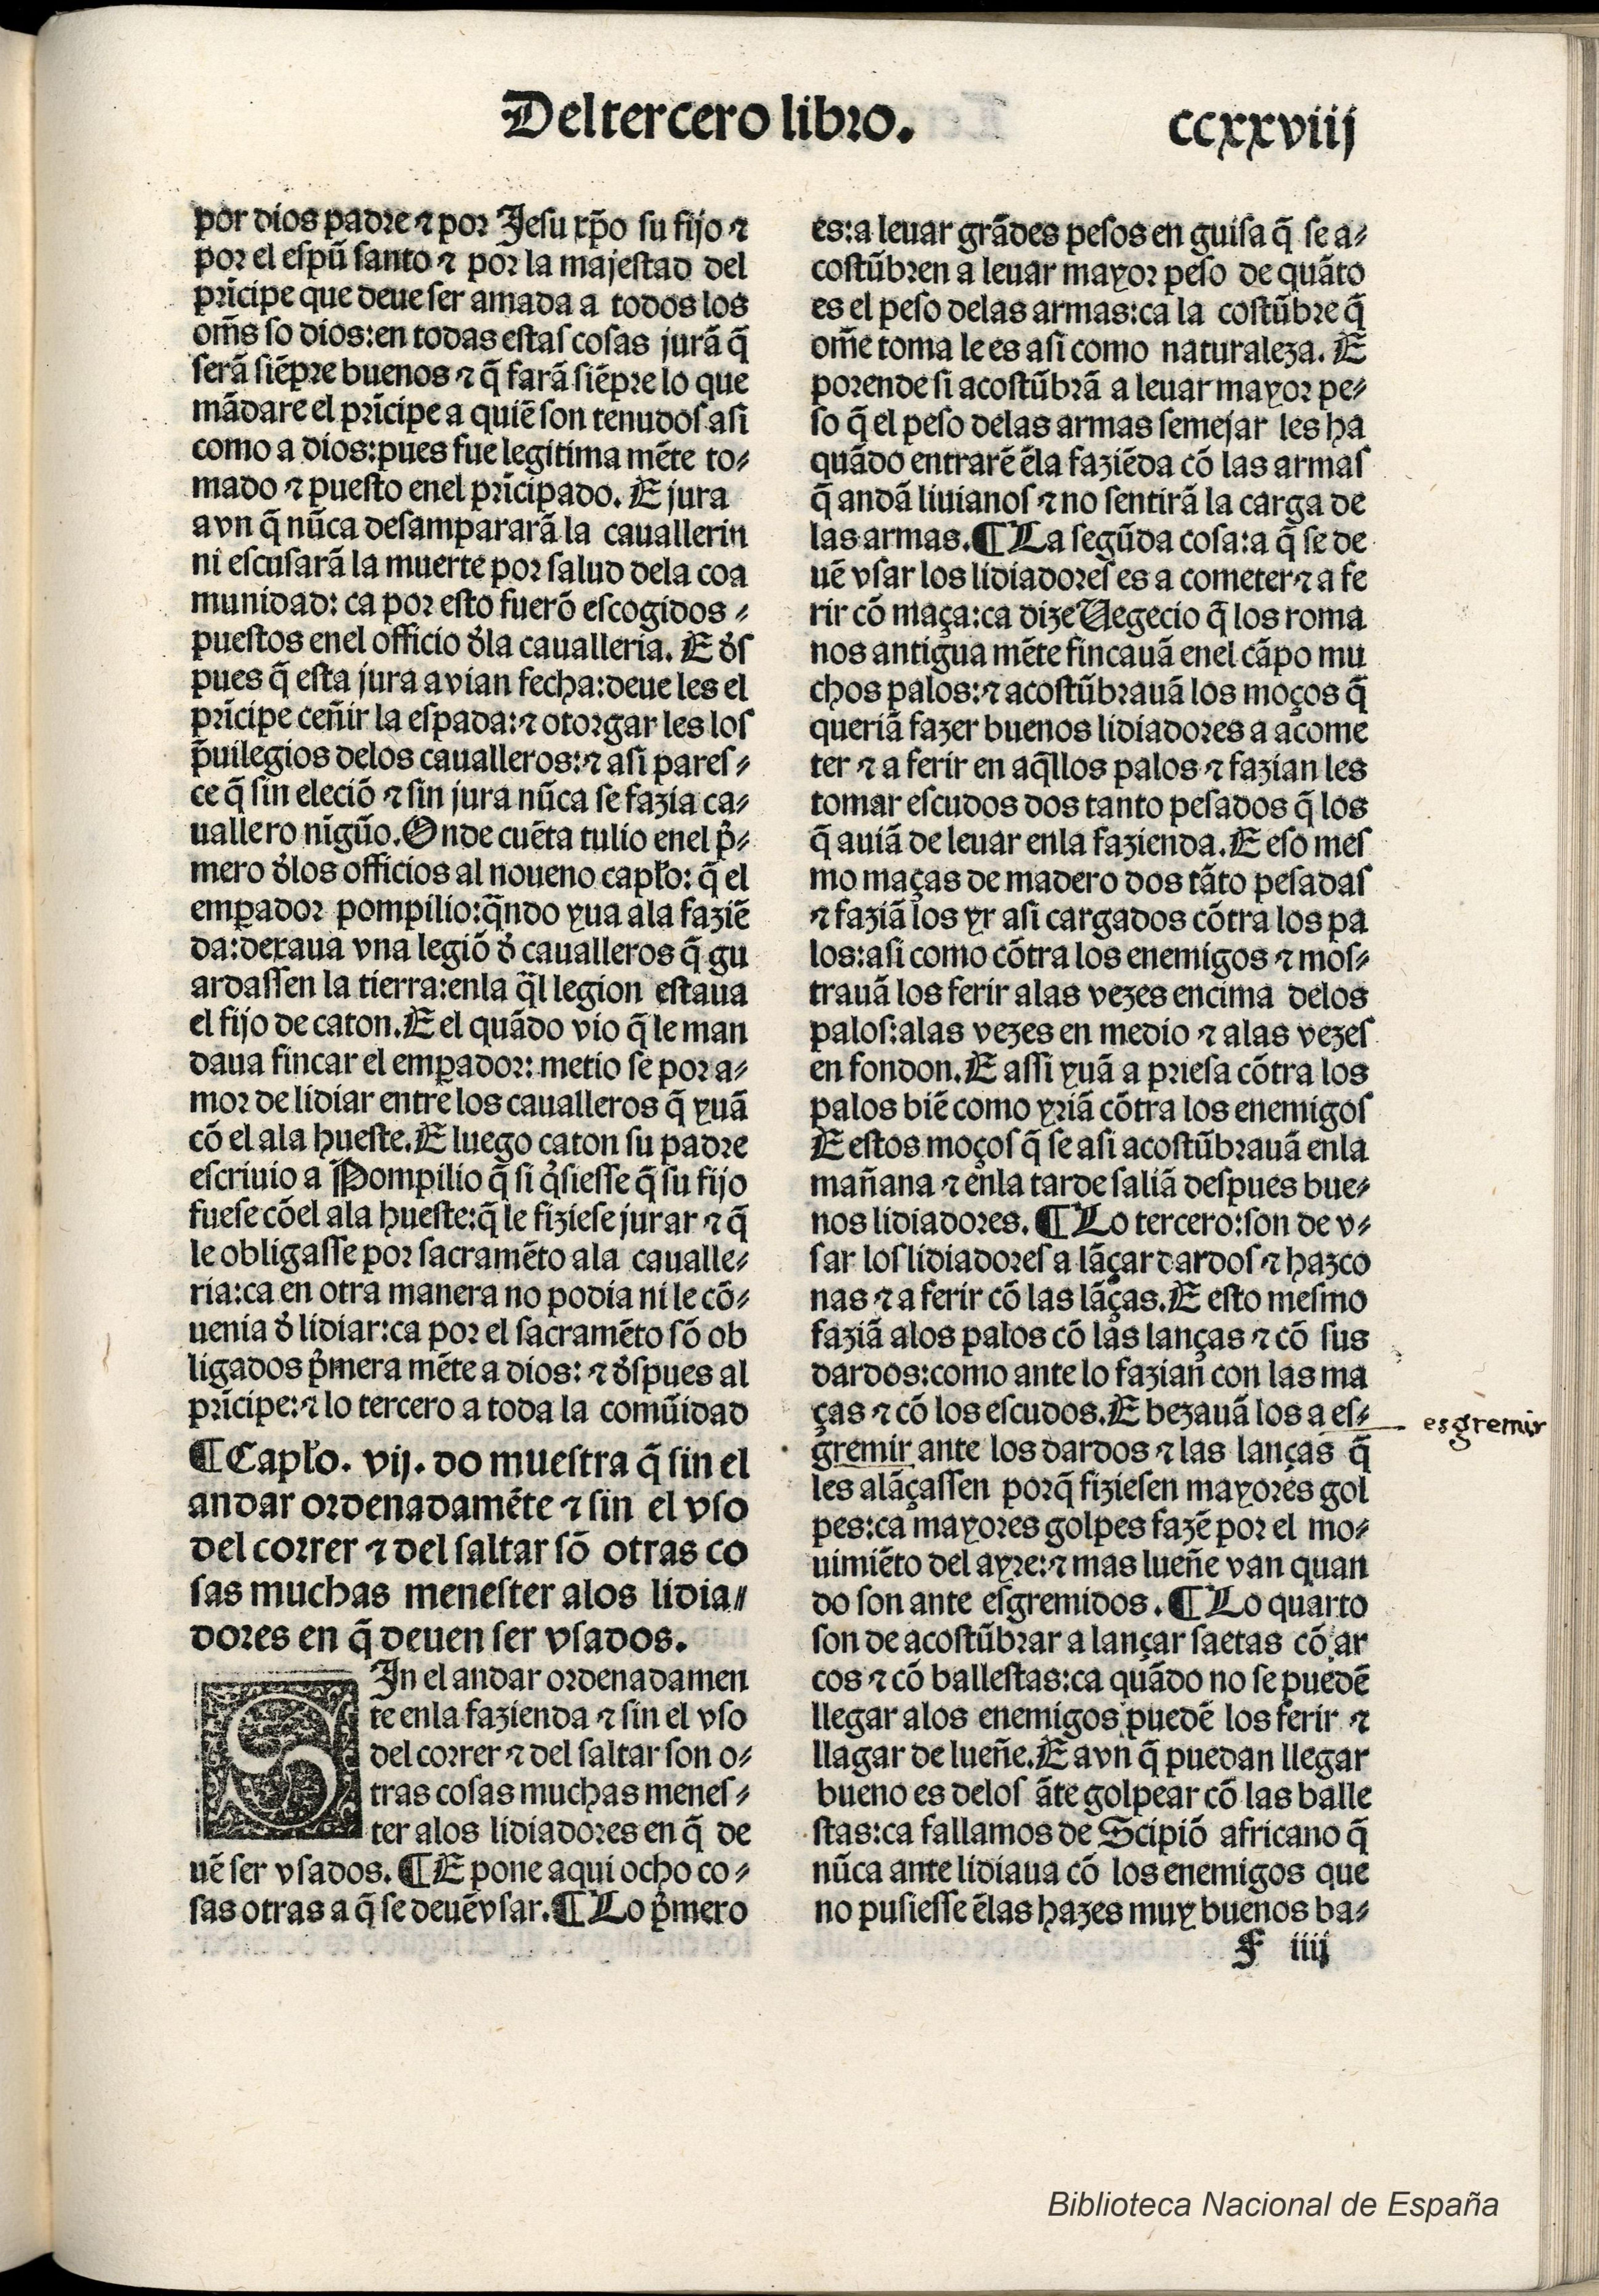
Shelfmark: Madrid, BNE, Inc. 901
Century: 15